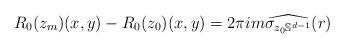
LaTeX: \begin{align*} R_0(z_m)(x,y) - R_0(z_0)(x,y) &= 2 \pi i m\widehat{ \sigma_{ z_0 \mathbb{S}^{d-1}}} ( r)\end{align*}